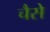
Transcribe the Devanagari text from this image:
चैसे